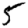
Digit: 5